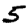
Digit: 5